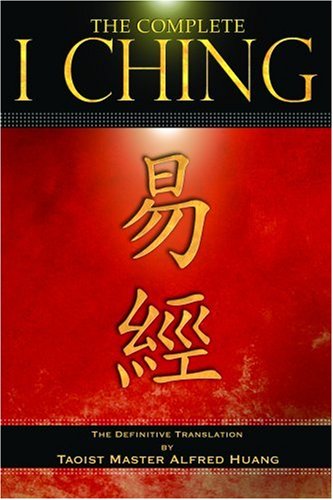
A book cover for Complete I Ching; Alfred Huang; Religion & Spirituality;